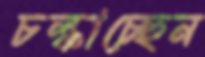
চল্‌কাচ্ছেন